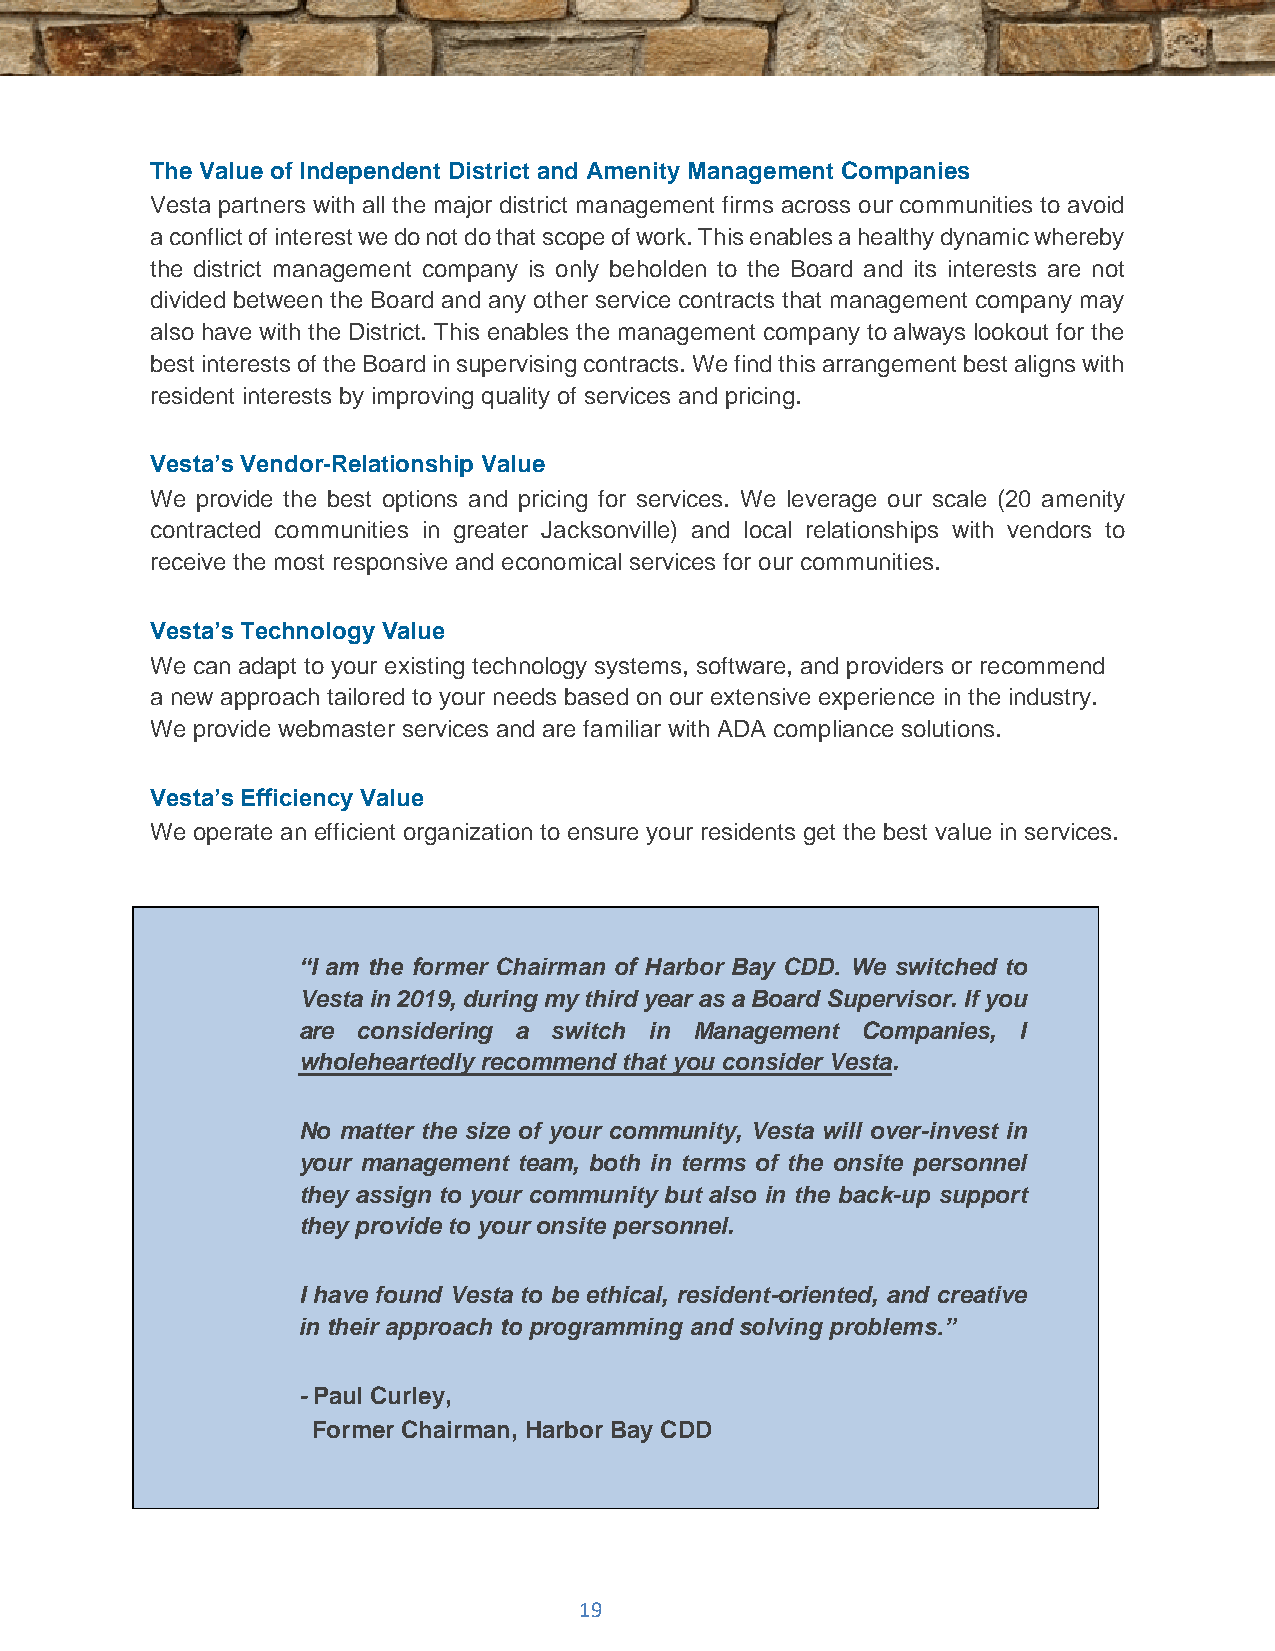
The Value of Independent District and Amenity Management Companies
 Vesta partners with all the major district management firms across our communities to avoid
 a conflict of interest we do not do that scope of work. This enables a healthy dynamic whereby
 the district management company is only beholden to the Board and its interests are not
 divided between the Board and any other service contracts that management company may
 also have with the District. This enables the management company to always lookout for the
 best interests of the Board in supervising contracts. We find this arrangement best aligns with
 resident interests by improving quality of services and pricing.
 Vesta’s Vendor-Relationship Value
 We provide the best options and pricing for services. We leverage our scale (20 amenity
 contracted communities in greater Jacksonville) and local relationships with vendors to
 receive the most responsive and economical services for our communities.
 Vesta’s Technology Value
 We can adapt to your existing technology systems, software, and providers or recommend
 a new approach tailored to your needs based on our extensive experience in the industry.
 We provide webmaster services and are familiar with ADA compliance solutions.
 Vesta’s Efficiency Value
 We operate an efficient organization to ensure your residents get the best value in services.
 “I am the former Chairman of Harbor Bay CDD. We switched to
 Vesta in 2019, during my third year as a Board Supervisor. If you
 are considering a switch in Management Companies, I
 wholeheartedly recommend that you consider Vesta.
 No matter the size of your community, Vesta will over-invest in
 your management team, both in terms of the onsite personnel
 they assign to your community but also in the back-up support
 they provide to your onsite personnel.
 I have found Vesta to be ethical, resident-oriented, and creative
 in their approach to programming and solving problems.”
 - Paul Curley,
 Former Chairman, Harbor Bay CDD
 19